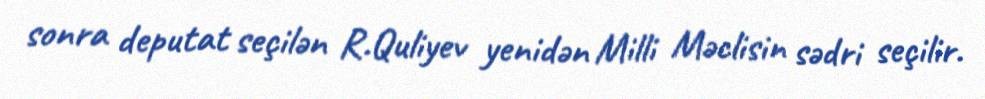
sonra deputat seçilən R.Quliyev yenidən Milli Məclisin sədri seçilir.